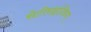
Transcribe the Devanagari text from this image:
सेटीराइज़िन्ग